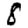
Digit: 8